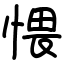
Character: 愄